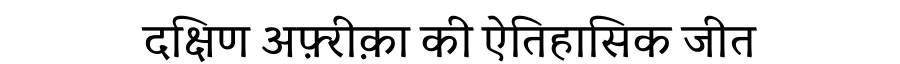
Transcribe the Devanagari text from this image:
दक्षिण अफ़्रीक़ा की ऐतिहासिक जीत